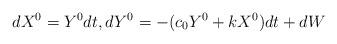
LaTeX: \begin{align*}d X^0 = Y^0 dt, d Y^0 = -(c_0 Y^0+k X^0) d t + d W \end{align*}